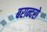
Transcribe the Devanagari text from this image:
बरान्दरो